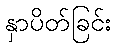
နှာပိတ်ခြင်း